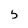
Character: 5